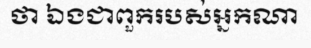
ថា ឯងជាពួករបស់អ្នកណា